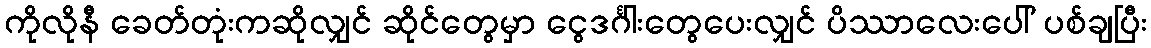
ကိုလိုနီ ခေတ်တုံးကဆိုလျှင် ဆိုင်တွေမှာ ငွေဒင်္ဂါးတွေပေးလျှင် ပိဿာလေးပေါ် ပစ်ချပြီး